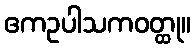
ဧကဥပါသကဝတ္ထု။